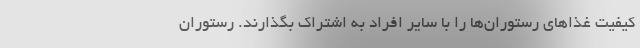
کیفیت غذاهای رستوران‌ها را با سایر افراد به اشتراک بگذارند. رستوران